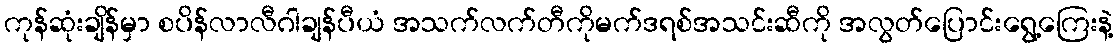
ကုန်ဆုံးချိန်မှာ စပိန်လာလီဂါချန်ပီယံ အသက်လက်တီကိုမက်ဒရစ်အသင်းဆီကို အလွတ်ပြောင်းရွေ့ကြေးနဲ့